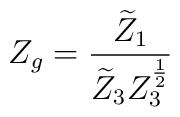
Z_g=\frac{\widetilde{Z}_1}{\widetilde{Z}_3Z_3^{\frac 12}}